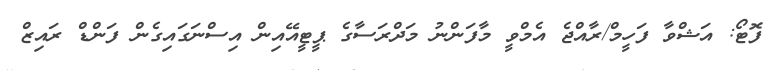
ފޮޓޯ: އަޝްވާ ފަހީމް/ރާއްޖެ އެމްވީ މާފަންނު މަދްރަސާގެ ޕީޓީއޭއިން އިސްނަގައިގެން ފަންޑް ރައިޒް